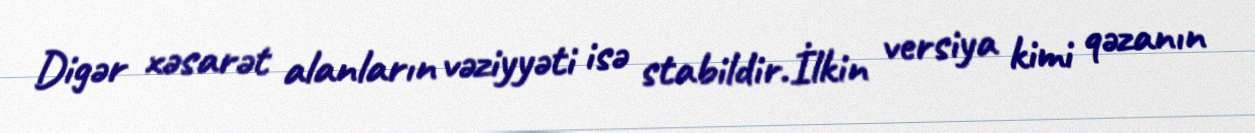
Digər xəsarət alanların vəziyyəti isə stabildir.İlkin versiya kimi qəzanın